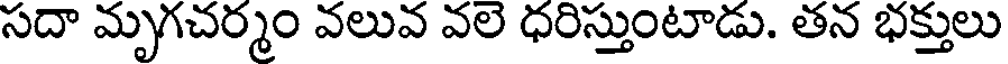
సదా మృగచర్మం వలువ వల ధరిస్తుంటాడు. తన భక్తులు